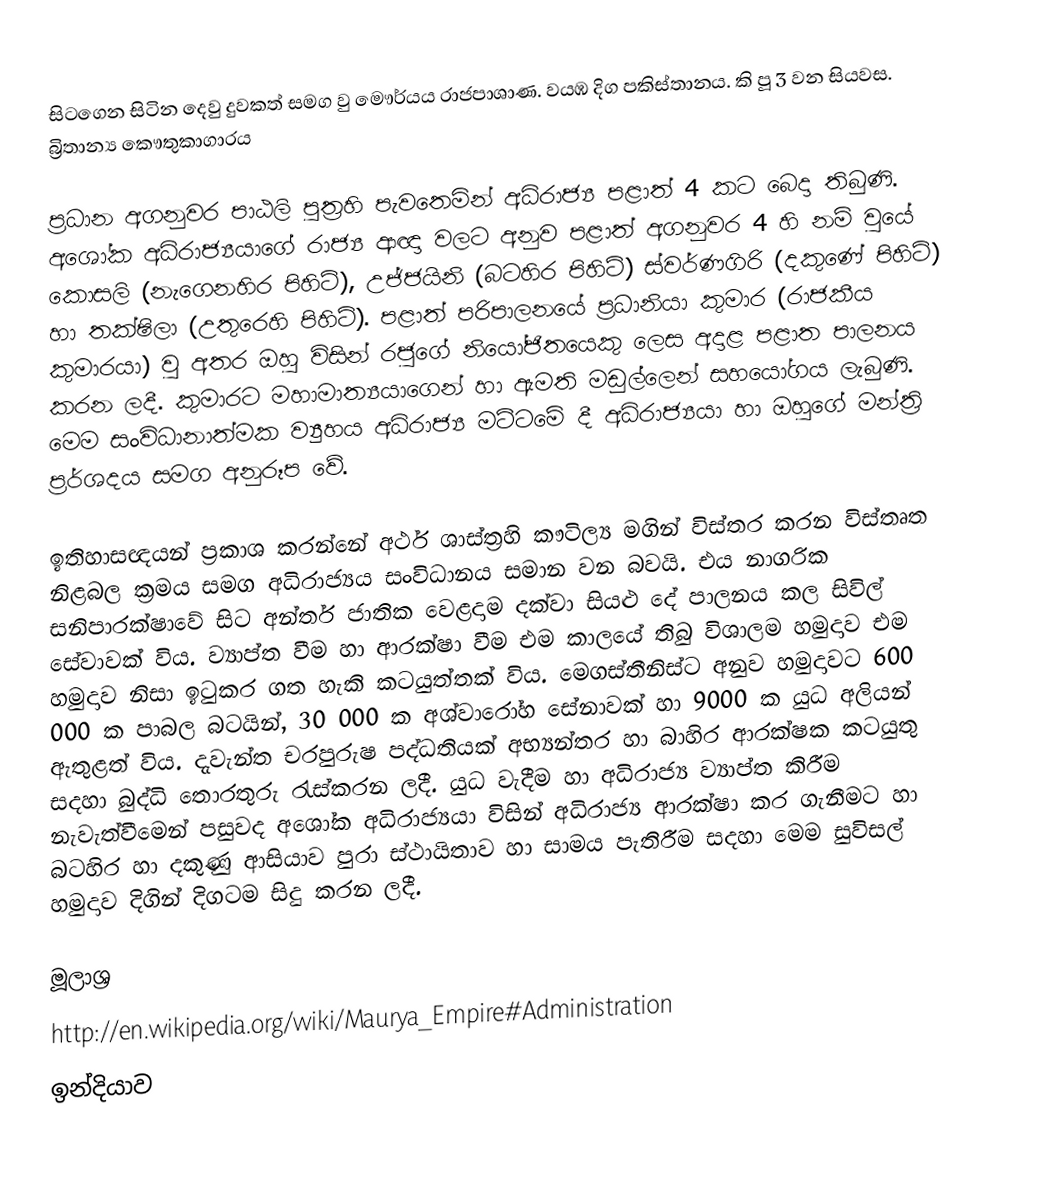
සිටගෙන සිටින දෙවු දුවකත් සමග වු මෞර්යය රාජපාශාණ. වයඹ දිග පකිස්තානය. කි පූ 3 වන සියවස. බ්‍රිතාන්‍ය කෞතුකාගාරය

ප්‍රධාන අගනුවර පාඨලි පුත්‍රහි පැවතෙමින් අධිරාජ්‍ය පළාත් 4 කට බෙදා තිබුණි. අශෝක අධිරාජ්‍යයාගේ රාජ්‍ය ආඥා වලට අනුව පළාත් අගනුවර 4 හි නම් වුයේ කොසලි (නැගෙනහිර පිහිටි), උජ්ජයිනි (බටහිර පිහිටි) ස්වර්ණගිරි (දකුණේ පිහිටි) හා තක්ෂිලා (උතුරෙහි පිහිටි). පළාත් පරිපාලනයේ ප්‍රධානියා කුමාර (රාජකීය කුමාරයා) වු අතර ඔහු විසින් රජුගේ නියෝජිතයෙකු ලෙස අදාළ පළාත පාලනය කරන ලදී. කුමාරට මහාමාත්‍යයාගෙන් හා ඇමති මඩුල්ලෙන් සහයෝගය ලැබුණි. මෙම සංවිධානාත්මක ව්‍යුහය අධිරාජ්‍ය මට්ටමේ දී අධිරාජ්‍යයා හා ඔහුගේ මන්ත්‍රි ප්‍රර්ශදය සමග අනුරූප වේ.

ඉතිහාසඥයන් ප්‍රකාශ කරන්නේ අර්ථ ශාස්ත්‍රහි කෟටිල්‍ය මගින් විස්තර කරන විස්තෘත නිළබල ක්‍රමය සමග අධිරාජ්‍යය සංවිධානය සමාන වන බවයි. එය නාගරික සනිපාරක්ෂාවේ සිට අන්තර් ජාතික වෙළදාම දක්වා සියළු දේ පාලනය කල සිවිල් සේවාවක් විය. ව්‍යාප්ත වීම හා ආරක්ෂා වීම එම කාලයේ තිබු විශාලම හමුදාව එම හමුදාව නිසා ඉටුකර ගත හැකි කටයුත්තක් විය. මෙගස්තීනිස්ට අනුව හමුදාවට 600 000 ක පාබල බටයින්, 30 000 ක අශ්වාරෝහ සේනාවක් හා 9000 ක යුධ අලියන් ඇතුළත් විය. දැවැන්ත චරපුරුෂ පද්ධතියක් අභ්‍යන්තර හා බාහිර ආරක්ෂක කටයුතු සදහා බුද්ධි තොරතුරු රැස්කරන ලදී. යුධ වැදීම හා අධිරාජ්‍ය ව්‍යාප්ත කිරීම නැවැත්වීමෙන් පසුවද අශෝක අධිරාජ්‍යයා විසින් අධිරාජ්‍ය ආරක්ෂා කර ගැනීමට හා බටහිර හා දකුණු ආසියාව පුරා ස්ථායිතාව හා සාමය පැතිරීම සදහා මෙම සුවිසල් හමුදාව දිගින් දිගටම සිදු කරන ලදී.

මූලාශ්‍ර
http://en.wikipedia.org/wiki/Maurya_Empire#Administration
ඉන්දියාව